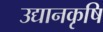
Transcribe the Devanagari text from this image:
उद्यानकृषि